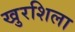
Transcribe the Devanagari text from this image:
खुरशिला